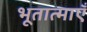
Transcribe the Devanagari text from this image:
भूतात्माएँ